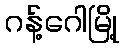
ဂန့်ဂေါမြို့